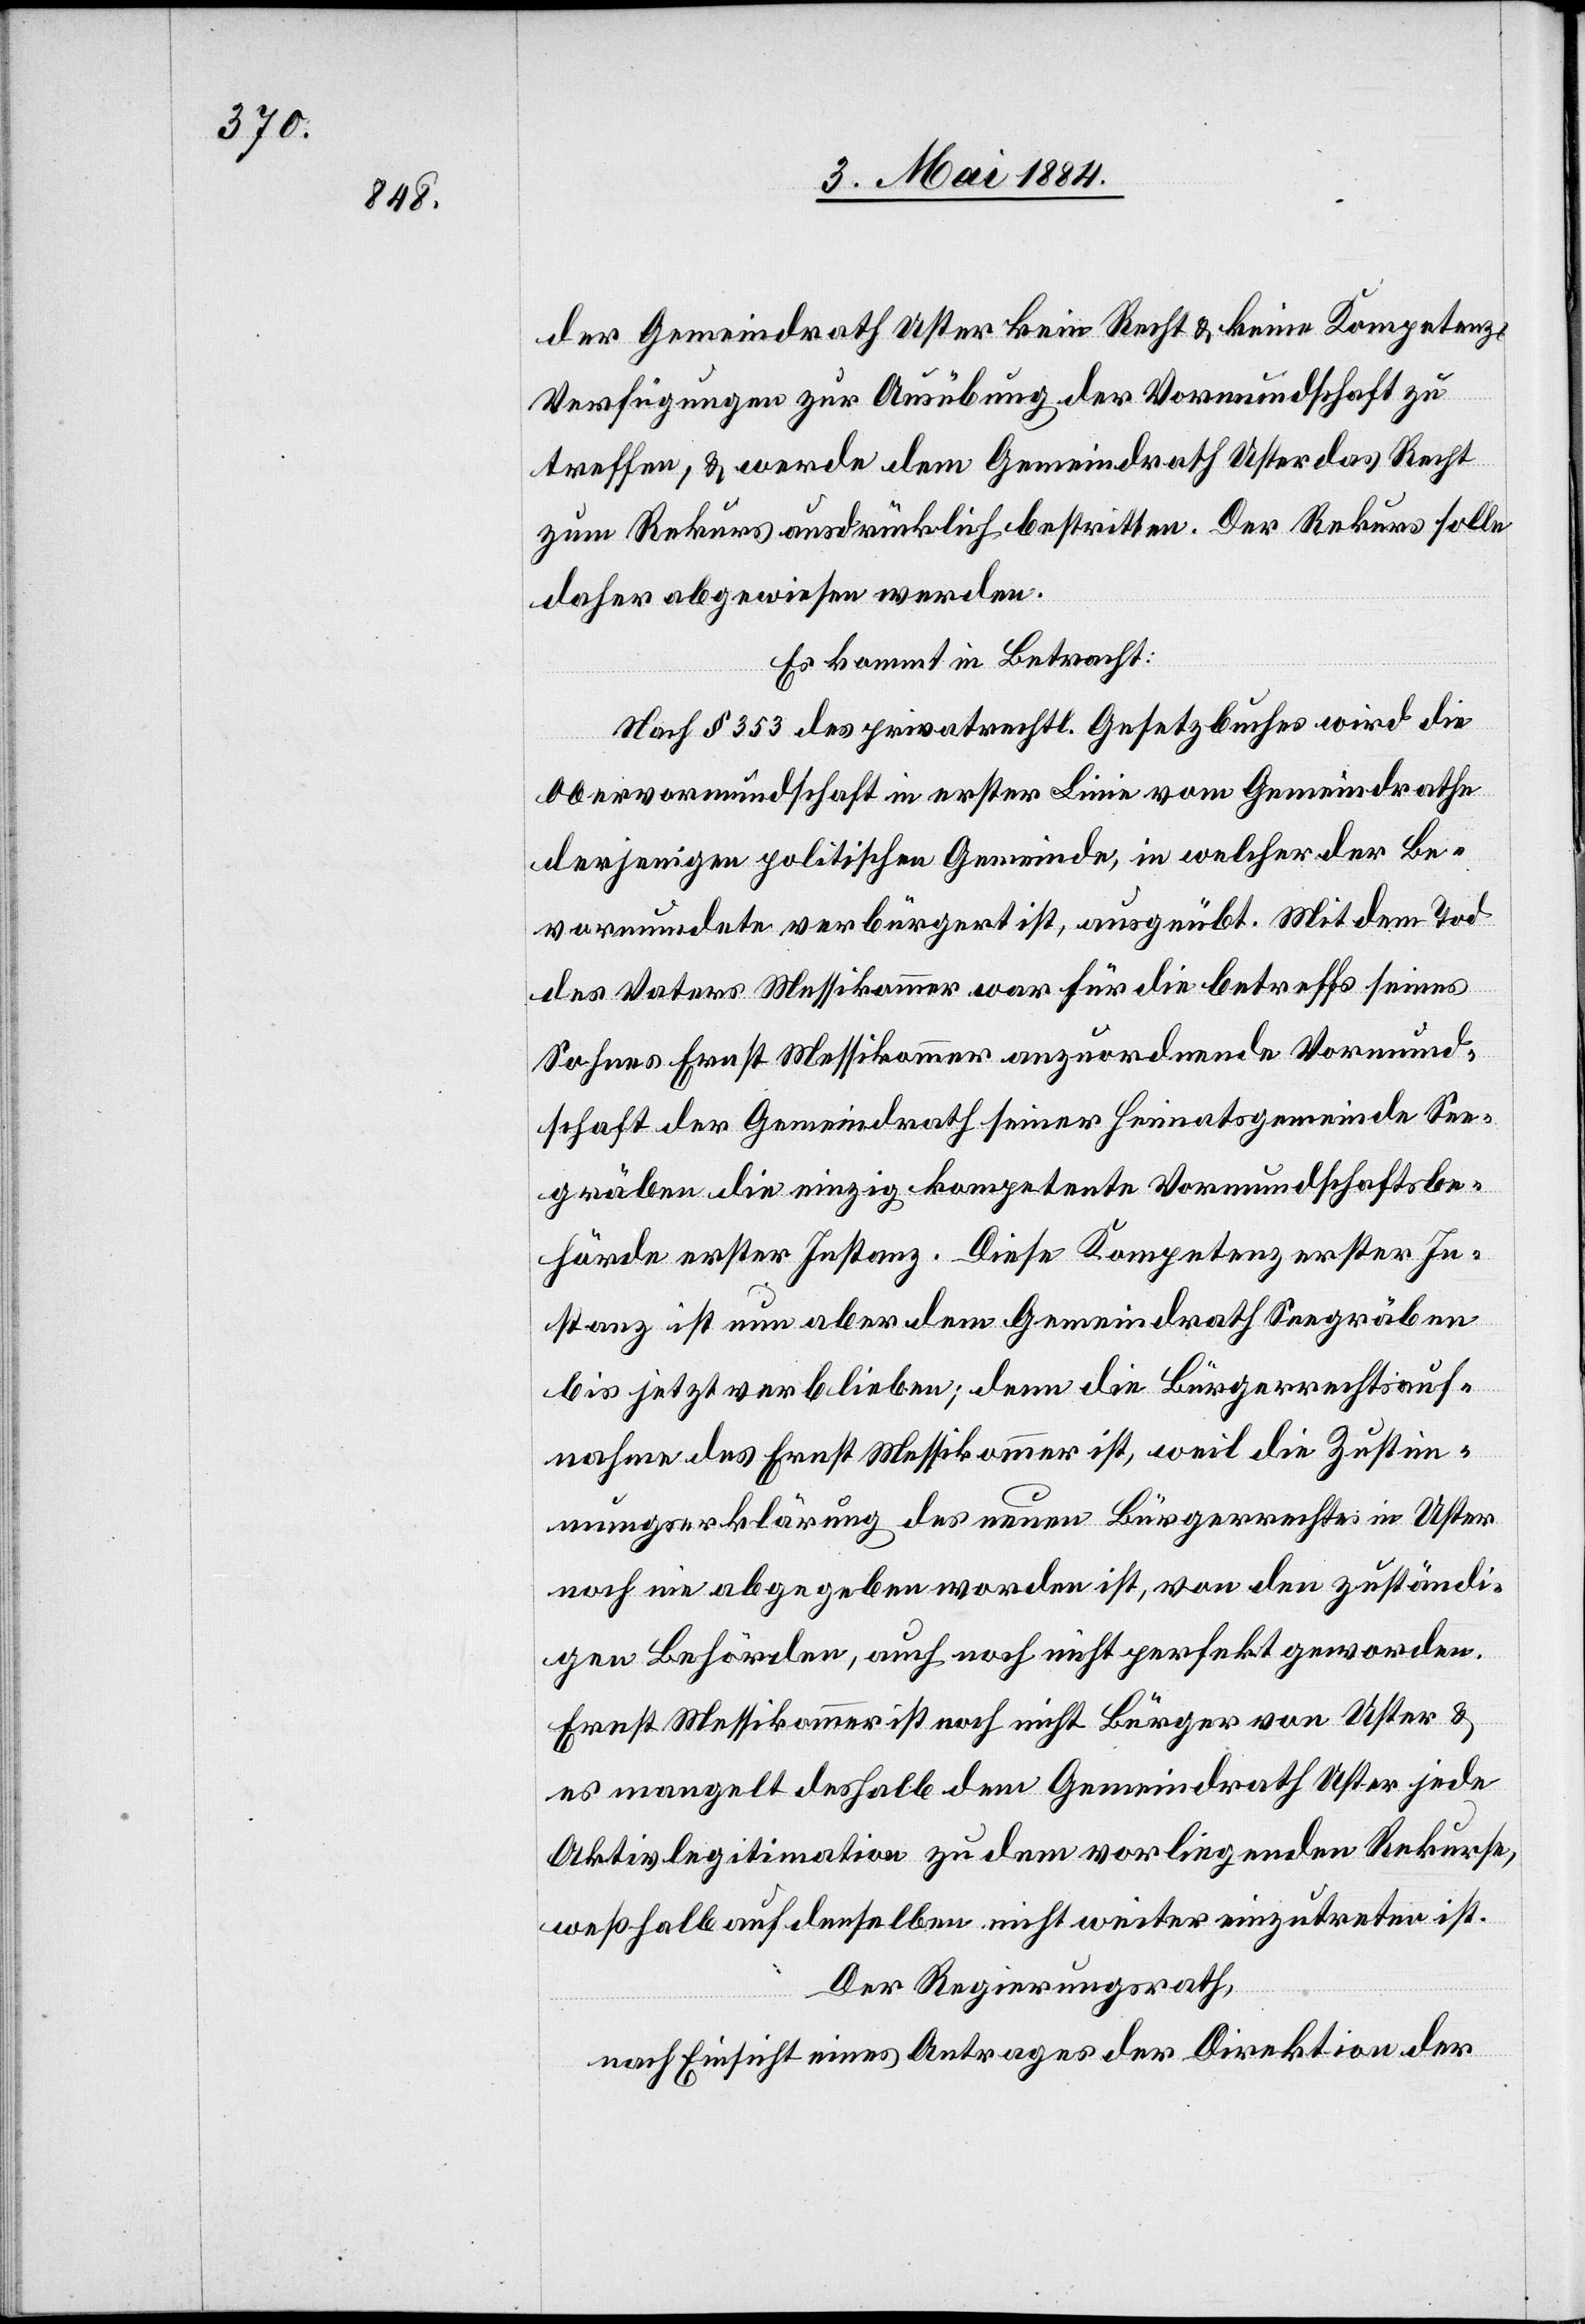
der Gemeindrath Uster kein Recht & keine Kompetenz,
Verfügungen zur Ausübung der Vormundschaft zu
treffen, & werde dem Gemeindrath Uster das Recht
zum Rekurs ausdrücklich bestritten. Der Rekurs solle
daher abgewiesen werden.
Es kommt in Betracht:
Nach § 353 des privatrechtl. Gesetzbuches wird die
Obervormundschaft in erster Linie vom Gemeindrathe
derjenigen politischen Gemeinde, in welcher der Be¬
vormundete verbürgert ist, ausgeübt. Mit dem Tod
des Vaters Messikommer war für die betreffs seines
Sohnes Ernst Messikommer anzuordnende Vormund¬
schaft der Gemeindrath seiner Heimatsgemeinde See¬
gräben die einzig kompetente Vormundschaftsbe¬
hörde erster Instanz. Diese Kompetenz erster In¬
stanz ist nun aber dem Gemeindrath Seegräben
bis jetzt verblieben; denn die Bürgerrechtsauf¬
nahme des Ernst Messikommer ist, weil die Zustim¬
mungserklärung des neuen Bürgerrechtes in Uster
noch nie abgegeben worden ist, von den zuständi¬
gen Behörden, auch noch nicht perfekt geworden.
Ernst Messikommer ist noch nicht Bürger von Uster &
es mangelt deshalb dem Gemeindrath Uster jede
Aktivlegitimation zu dem vorliegenden Rekurse,
weßhalb auf denselben nicht weiter einzutreten ist.
Der Regierungsrath,
nach Einsicht eines Antrages der Direktion der